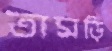
তামড়ি